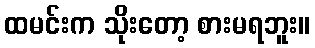
ထမင်းက သိုးတော့ စားမရဘူး။